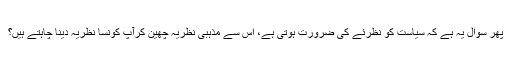
پھر سوال یہ ہے کہ سیاست کو نظرئے کی ضرورت ہوتی ہے، اس سے مذہبی نظریہ چھین کرآپ کونسا نظریہ دینا چاہتے ہیں؟